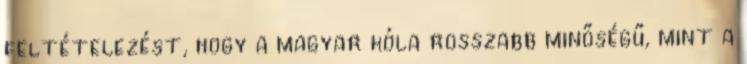
feltételezést, hogy a magyar kóla rosszabb minőségű, mint a